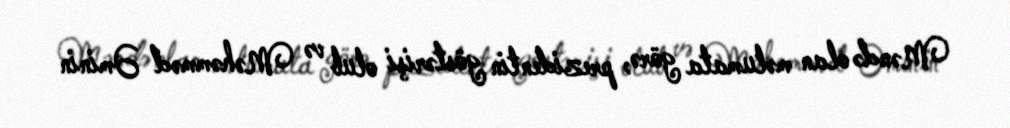
Məndə olan məlumata görə, prezidentin göstərişi olub və Məhəmməd Əminin